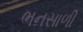
ભનસાળી